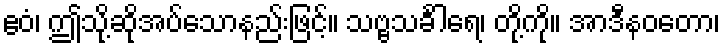
ဧဝံ၊ ဤသို့ဆိုအပ်သောနည်းဖြင့်။ သဗ္ဗသင်္ခါရေ၊ တို့ကို။ အာဒီနဝတော၊